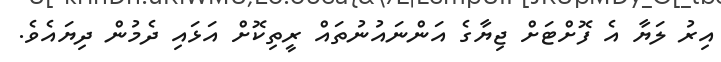
އިރު ލަޔާ އެ ފޮށްޓަށް ޖިޔާގެ އަންނައުނުތައް ރީތިކޮށް އަޅައި ދެމުން ދިޔައެވެ.